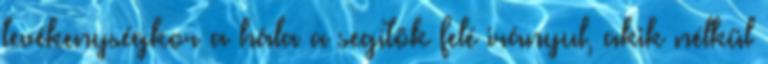
tevékenységkor a hála a segítõk felé irányul, akik nélkül